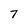
Character: T